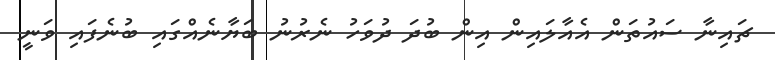
ޗައިނާ ސައުތަން އެއާލައިން އިން ބުދަ ދުވަހު ނެރުނު ބަޔާނެއްގައި ބުނެފައި ވަނީ